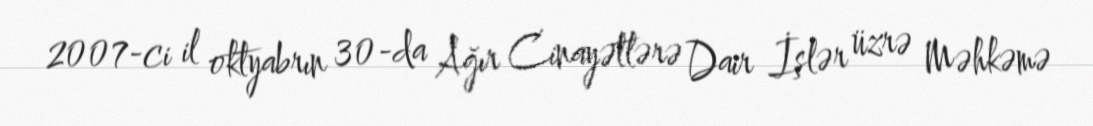
2007-ci il oktyabrın 30-da Ağır Cinayətlərə Dair İşlər üzrə Məhkəmə